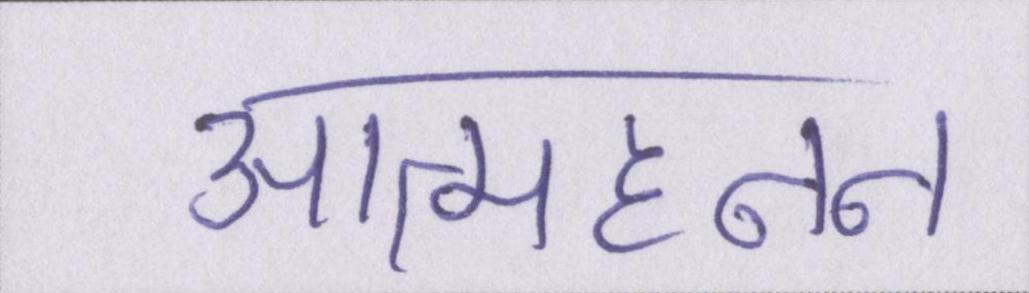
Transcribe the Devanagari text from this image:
आत्महनन